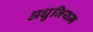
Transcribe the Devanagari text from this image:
अधुनियम